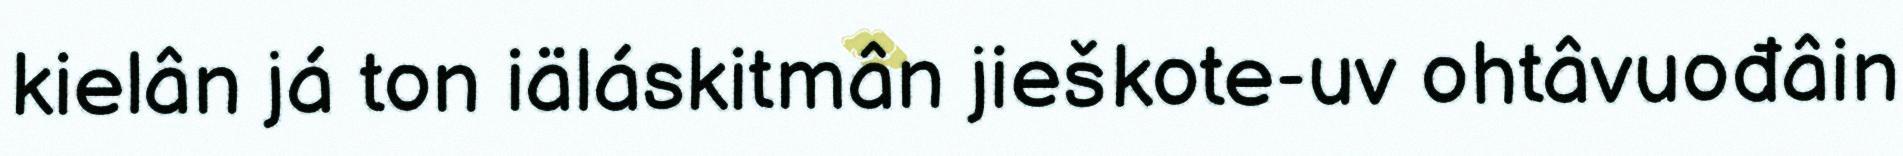
kielân já ton iäláskitmân jieškote-uv ohtâvuođâin